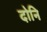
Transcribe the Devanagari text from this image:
दोनि